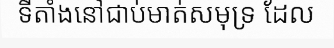
ទីតាំងនៅជាប់មាត់សមុទ្រ ដែល